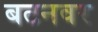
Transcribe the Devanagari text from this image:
बटनवर